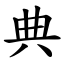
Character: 典